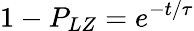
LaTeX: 1-P_{LZ}=e^{-t/\tau}